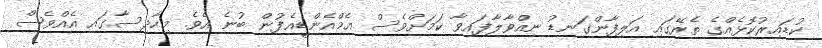
ކުޑައިރުކޮޅެއްގެ ތެރޭގައި އަލިފާންގަނޑު ނިއްވާލާފައިވާ ކަމަށްވެސް އެމްއެންޑީއެފުން ބުނެ އެވެ. މިހާދިސާގައި އެއްވެސް